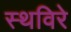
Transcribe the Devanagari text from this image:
स्थविरे